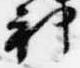
神